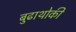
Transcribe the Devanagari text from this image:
बुढाथोकी